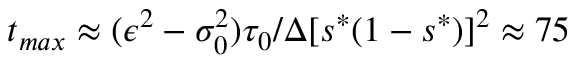
t _ { m a x } \approx ( \epsilon ^ { 2 } - \sigma _ { 0 } ^ { 2 } ) \tau _ { 0 } / \Delta [ s ^ { * } ( 1 - s ^ { * } ) ] ^ { 2 } \approx 7 5